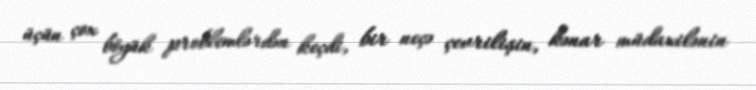
üçün çox böyük problemlərdən keçdi, bir neçə çevrilişin, kənar müdaxilənin